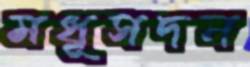
মধূসদন